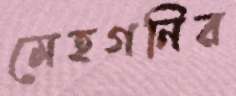
মেহগনির